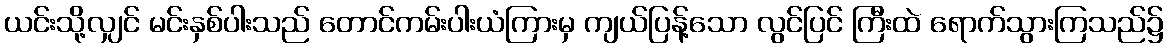
ယင်းသို့လျှင် မင်းနှစ်ပါးသည် တောင်ကမ်းပါးယံကြားမှ ကျယ်ပြန့်သော လွင်ပြင် ကြီးထဲ ရောက်သွားကြသည်၌